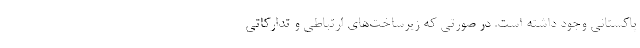
پاکستانی وجود داشته است. در صورتی که زیرساخت‌های ارتباطی و تدارکاتی